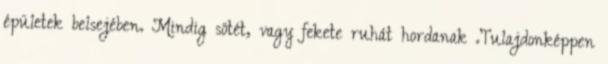
épületek belsejében. Mindig sötét, vagy fekete ruhát hordanak .Tulajdonképpen